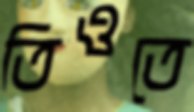
তিওতে